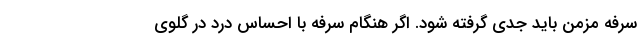
سرفه مزمن باید جدی گرفته شود. اگر هنگام سرفه با احساس درد در گلوی